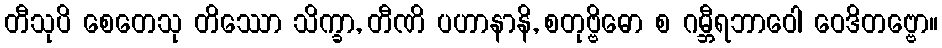
တီသုပိ စေတေသု တိဿော သိက္ခာ, တီဏိ ပဟာနာနိ, စတုဗ္ဗိဓော စ ဂမ္ဘီရဘာဝေါ ဝေဒိတဗ္ဗော။